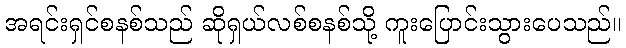
အရင်းရှင်စနစ်သည် ဆိုရှယ်လစ်စနစ်သို့ ကူးပြောင်းသွားပေသည်။